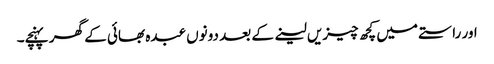
اور راستے میں کچھ چیزیں لینے کے بعد دونوں عبدہ بھائی کے گھر پہنچے۔